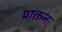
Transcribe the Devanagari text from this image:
प्राक्तन